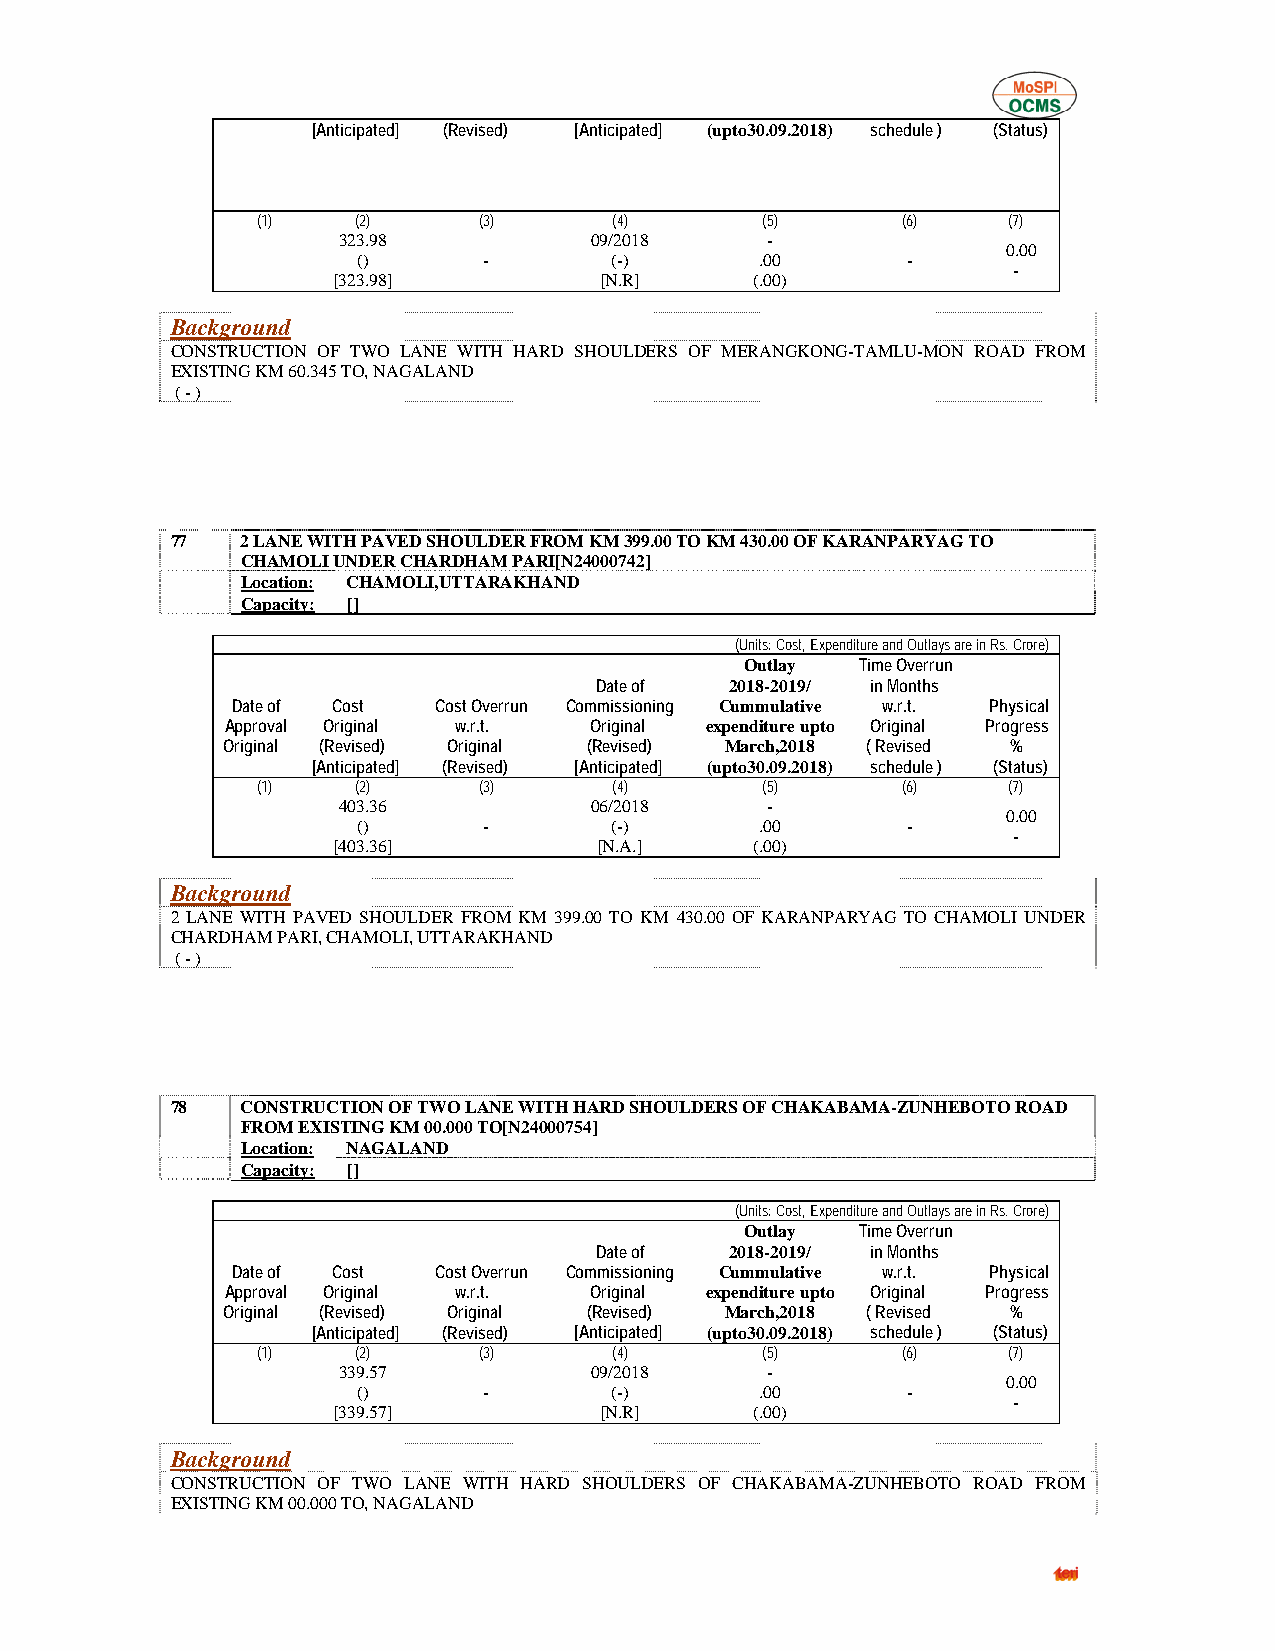
[Anticipated] (Revised) [Anticipated] (upto30.09.2018) schedule ) (Status)
 (1)    (2)     (3)      (4)      (5)       (6)    (7)
 323.98           09/2018     -
 0.00
 ()      -       (-)       .00       -
 -
 [323.98]          [N.R]     (.00)
 Background
 CONSTRUCTION OF TWO LANE WITH HARD SHOULDERS OF MERANGKONG-TAMLU-MON ROAD FROM
 EXISTING KM 60.345 TO, NAGALAND
 ( - )
 77   2 LANE WITH PAVED SHOULDER FROM KM 399.00 TO KM 430.00 OF KARANPARYAG TO
 CHAMOLI UNDER CHARDHAM PARI[N24000742]
 Location: CHAMOLI,UTTARAKHAND
 Capacity: []
 (Units: Cost, Expenditure and Outlays are in Rs. Crore)
 Outlay  Time Overrun
 Date of  2018-2019/ in Months
 Date of Cost  Cost Overrun Commissioning Cummulative w.r.t. Physical
 Approval Original w.r.t. Original expenditure upto Original Progress
 Original (Revised) Original (Revised) March,2018 ( Revised %
 [Anticipated] (Revised) [Anticipated] (upto30.09.2018) schedule ) (Status)
 (1)    (2)     (3)      (4)      (5)       (6)    (7)
 403.36           06/2018     -
 0.00
 ()      -       (-)       .00       -
 -
 [403.36]          [N.A.]    (.00)
 Background
 2 LANE WITH PAVED SHOULDER FROM KM 399.00 TO KM 430.00 OF KARANPARYAG TO CHAMOLI UNDER
 CHARDHAM PARI, CHAMOLI, UTTARAKHAND
 ( - )
 78   CONSTRUCTION OF TWO LANE WITH HARD SHOULDERS OF CHAKABAMA-ZUNHEBOTO ROAD
 FROM EXISTING KM 00.000 TO[N24000754]
 Location: NAGALAND
 Capacity: []
 (Units: Cost, Expenditure and Outlays are in Rs. Crore)
 Outlay  Time Overrun
 Date of  2018-2019/ in Months
 Date of Cost  Cost Overrun Commissioning Cummulative w.r.t. Physical
 Approval Original w.r.t. Original expenditure upto Original Progress
 Original (Revised) Original (Revised) March,2018 ( Revised %
 [Anticipated] (Revised) [Anticipated] (upto30.09.2018) schedule ) (Status)
 (1)    (2)     (3)      (4)      (5)       (6)    (7)
 339.57           09/2018     -
 0.00
 ()      -       (-)       .00       -
 -
 [339.57]          [N.R]     (.00)
 Background
 CONSTRUCTION OF TWO LANE WITH HARD SHOULDERS OF CHAKABAMA-ZUNHEBOTO ROAD FROM
 EXISTING KM 00.000 TO, NAGALAND